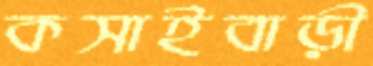
কসাইবাড়ী